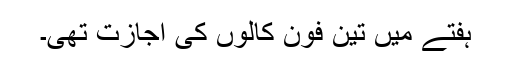
ہفتے میں تین فون کالوں کی اجازت تھی۔